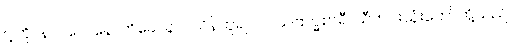
ငါ့ကို။ နာဂသေနောတိခေါ၊ နာဂသိန်ဟူ၍ပင်။ သဗြဟ္မစာရီ၊ သီတင်းသုံးဘော်တို့သည်။